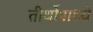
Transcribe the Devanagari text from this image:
तीर्थोपाध्ये